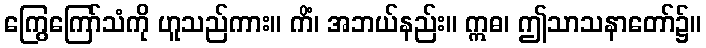
ကြွေကြော်သံကို ဟူသည်ကား။ ကိံ၊ အဘယ်နည်း။ ဣဓ၊ ဤသာသနာတော်၌။